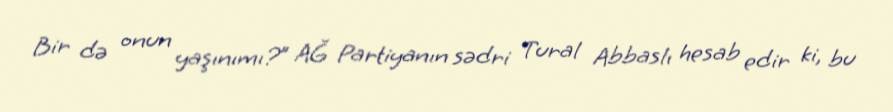
Bir də onun yaşınımı?” AĞ Partiyanın sədri Tural Abbaslı hesab edir ki, bu